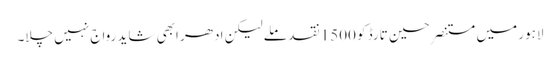
لاہور میں مستنصر حسین تارڈ کو 1500 نقد ملے لیکن ادھر ابھی شاید رواج نہیں چلا۔